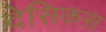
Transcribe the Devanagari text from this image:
देसिकस